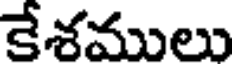
కేశములు